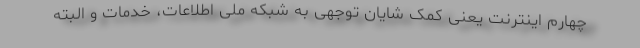
چهارم اینترنت یعنی کمک شایان توجهی به شبکه ملی اطلاعات، خدمات و البته